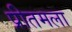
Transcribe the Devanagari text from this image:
प्रीतमला